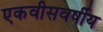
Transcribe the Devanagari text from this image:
एकवीसवर्षीय